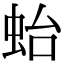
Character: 𧉟